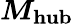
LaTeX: \boldsymbol{\mathit{M}_{\mathrm{{hub}}}}